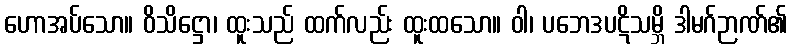
ဟောအပ်သော။ ဝိသိဋ္ဌော၊ ထူးသည် ထက်လည်း ထူးထသော။ ဝါ၊ ပဘေဒပဋိသမ္ဘိ ဒါမဂ်ဉာဏ်၏